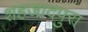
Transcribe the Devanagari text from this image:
शहजादपुरा